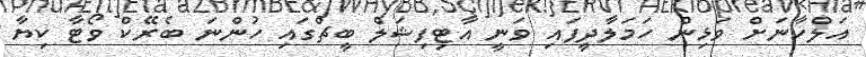
އަލްހާނަށް ވަޅިން ހަމަލާދީފައި ވަނީ އާޓިފިޝަލް ބީޗްގައި ހުންނަ ބެރޭކް ވޯޓާ ކިޔާ